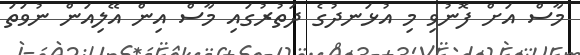
މާސް އަށް ފޮނުވި މި އުޅަނދުގެ ދަތުރުގައި މާސް އިން އޭލިއަން ނުވަތަ